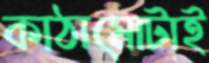
কাঠামোটাই